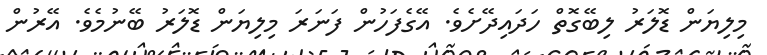
މިލިޔަން ޑޮލަރު ލިބޭގޮތް ހަދައިދޭށެވެ. އޭގެފަހުން ފަނަރަ މިލިޔަން ޑޮލަރު ބޭނުމެވެ. އޭރުން